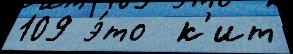
109 э́то  к'ит